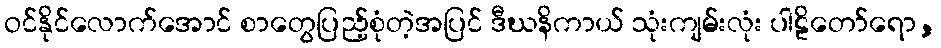
ဝင်နိုင်လောက်အောင် စာတွေပြည့်စုံတဲ့အပြင် ဒီဃနိကာယ် သုံးကျမ်းလုံး ပါဠိတော်ရော,